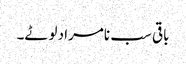
باقی سب نامراد لوٹے۔